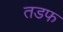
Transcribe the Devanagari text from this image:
तडफ